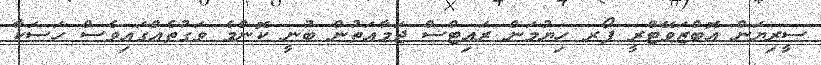
ސީރިޔަން އޮބްޒަވޭޓްރީ ފޯރ ހިޔުމަން ރައިޓްސް ޖަމާއަތުން ބުނީ ކޮންމެ ވަގުތެއްގައިވެސް ހަސަކާ